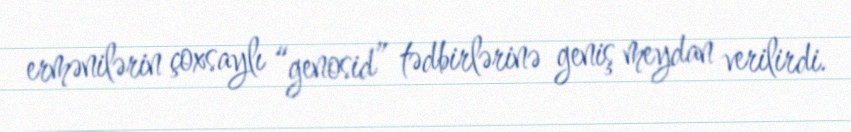
ermənilərin çoxsaylı “genosid” tədbirlərinə geniş meydan verilirdi.